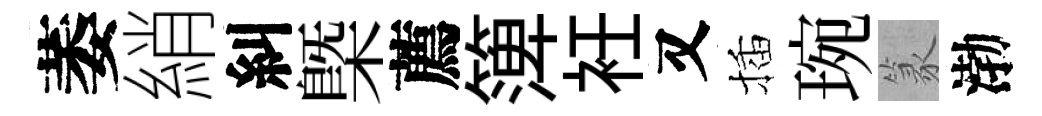
萎綃糾㮣薦𥱼衽又插琬篆渤